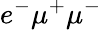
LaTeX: e^{-}\mu^{+}\mu^{-}